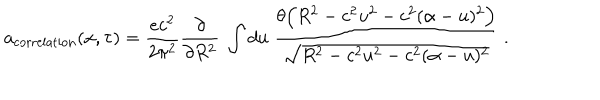
a _ { \mathrm { c o r r e l a t i o n } } ( x , \tau ) = \frac { e c ^ { 2 } } { 2 \pi ^ { 2 } } \frac { \partial } { \partial R ^ { 2 } } \ \int d u \ \frac { \theta \Bigl ( R ^ { 2 } - c ^ { 2 } u ^ { 2 } - c ^ { 2 } ( \alpha - u ) ^ { 2 } \Bigr ) } { \sqrt { R ^ { 2 } - c ^ { 2 } u ^ { 2 } - c ^ { 2 } ( \alpha - u ) ^ { 2 } } } \ .